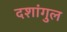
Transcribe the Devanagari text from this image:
दशांगुल